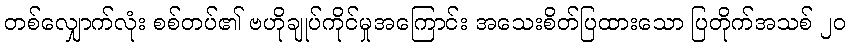
တစ်လျှောက်လုံး စစ်တပ်၏ ဗဟိုချုပ်ကိုင်မှုအကြောင်း အသေးစိတ်ပြထားသော ပြတိုက်အသစ် ၂၀